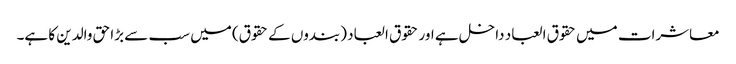
معاشرات میں حقوق العباد داخل ہے اور حقوق العباد (بندوں کے حقوق) میں سب سے بڑا حق والدین کا ہے۔